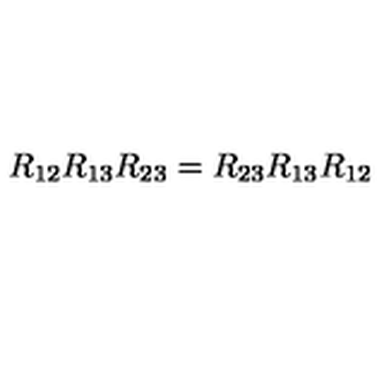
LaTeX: R _ { 1 2 } R _ { 1 3 } R _ { 2 3 } = R _ { 2 3 } R _ { 1 3 } R _ { 1 2 }